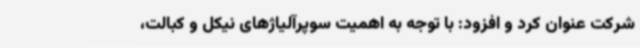
شرکت عنوان کرد و افزود: با توجه به اهمیت سوپرآلیاژهای نیکل و کبالت،